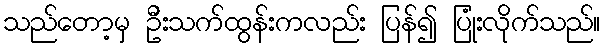
သည်တော့မှ ဦးသက်ထွန်းကလည်း ပြန်၍ ပြုံးလိုက်သည်။